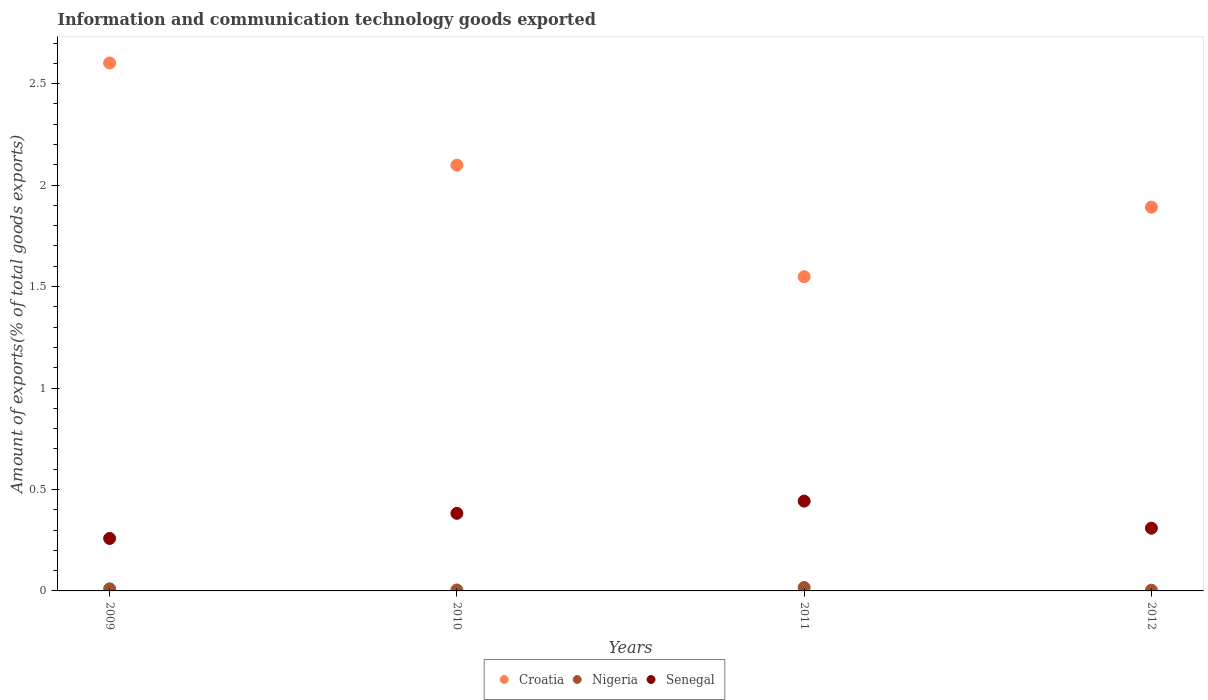
| Years | Croatia | Nigeria | Senegal |
 | --- | --- | --- | --- |
 | 2009 | 2.6 | 0.0104 | 0.259 |
 | 2010 | 2.1 | 0.00479 | 0.382 |
 | 2011 | 1.55 | 0.0168 | 0.443 |
 | 2012 | 1.89 | 0.00357 | 0.309 |